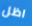
اظل